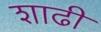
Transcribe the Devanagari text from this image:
शाढी